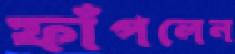
ফাঁপলেন